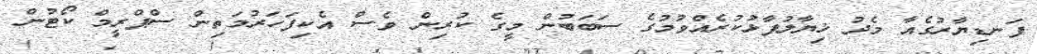
ފަނޑިޔާރުގެއާ މެދު ޚިޔާލުފާޅުކުރެއްވުމުގެ ސަބަބުން މީގެ ކުރިން ވެސް އެކިފަހަރުމަތިން ސްޕްރީމް ކޯޓުން